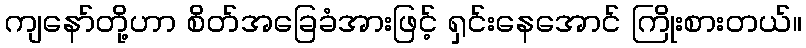
ကျနော်တို့ဟာ စိတ်အခြေခံအားဖြင့် ရှင်းနေအောင် ကြိုးစားတယ်။